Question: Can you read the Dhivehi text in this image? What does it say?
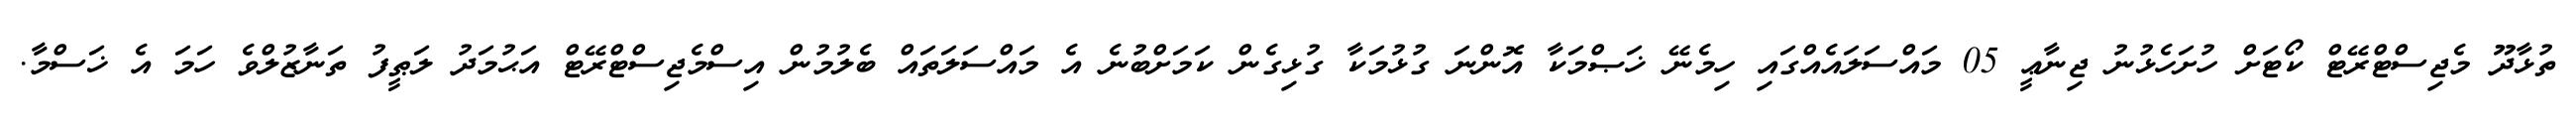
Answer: ތުޅާދޫ މެޖިސްޓްރޭޓް ކޯޓަށް ހުށަހެޅުނު ޖިނާޢީ 05 މައްސަލައެއްގައި ހިމެނޭ ޚަޞްމަކާ އޮންނަ ގުޅުމަކާ ގުޅިގެން ކަމަށްބުނެ އެ މައްސަލަތައް ބެލުމުން އިސްމެޖިސްޓްރޭޓް އަޙުމަދު ލަޠީފު ތަނާޒުލްވެ ހަމަ އެ ޚަސްމާ.